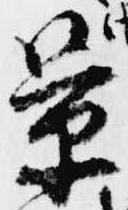
景